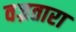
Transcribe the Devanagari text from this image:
वज्रतारा